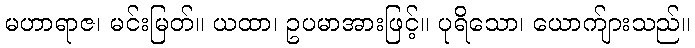
မဟာရာဇ၊ မင်းမြတ်။ ယထာ၊ ဥပမာအားဖြင့်။ ပုရိသော၊ ယောက်ျားသည်။